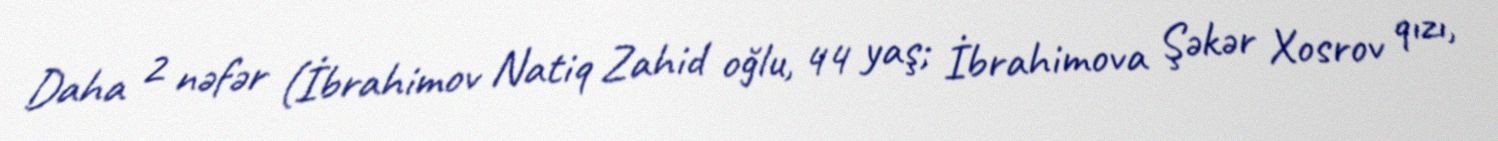
Daha 2 nəfər (İbrahimov Natiq Zahid oğlu, 44 yaş; İbrahimova Şəkər Xosrov qızı,